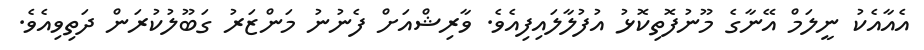
އެއާއެކު ނީލަމް އޭނާގެ މޫނުފޮތިކޮޅު އުފުލާލައިފިއެވެ. ވާރިޝްއަށް ފެނުނު މަންޒަރު ގަބޫލުކުރަން ދަތިވިއެވެ.